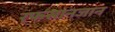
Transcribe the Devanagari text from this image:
रफसानजान